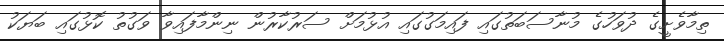
ތިމާވެށީގެ ދުވަހުގެ މުނާސަބަތުގައި ފައިމަގުގައި އުޅުމަށް ސަރުކާރުން ނިންމާފައިވާ ވަގުތު ކޮޅުގައި ބަޔަކު